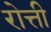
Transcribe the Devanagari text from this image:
रोत्ती